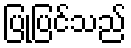
ပြုပြင်သည်